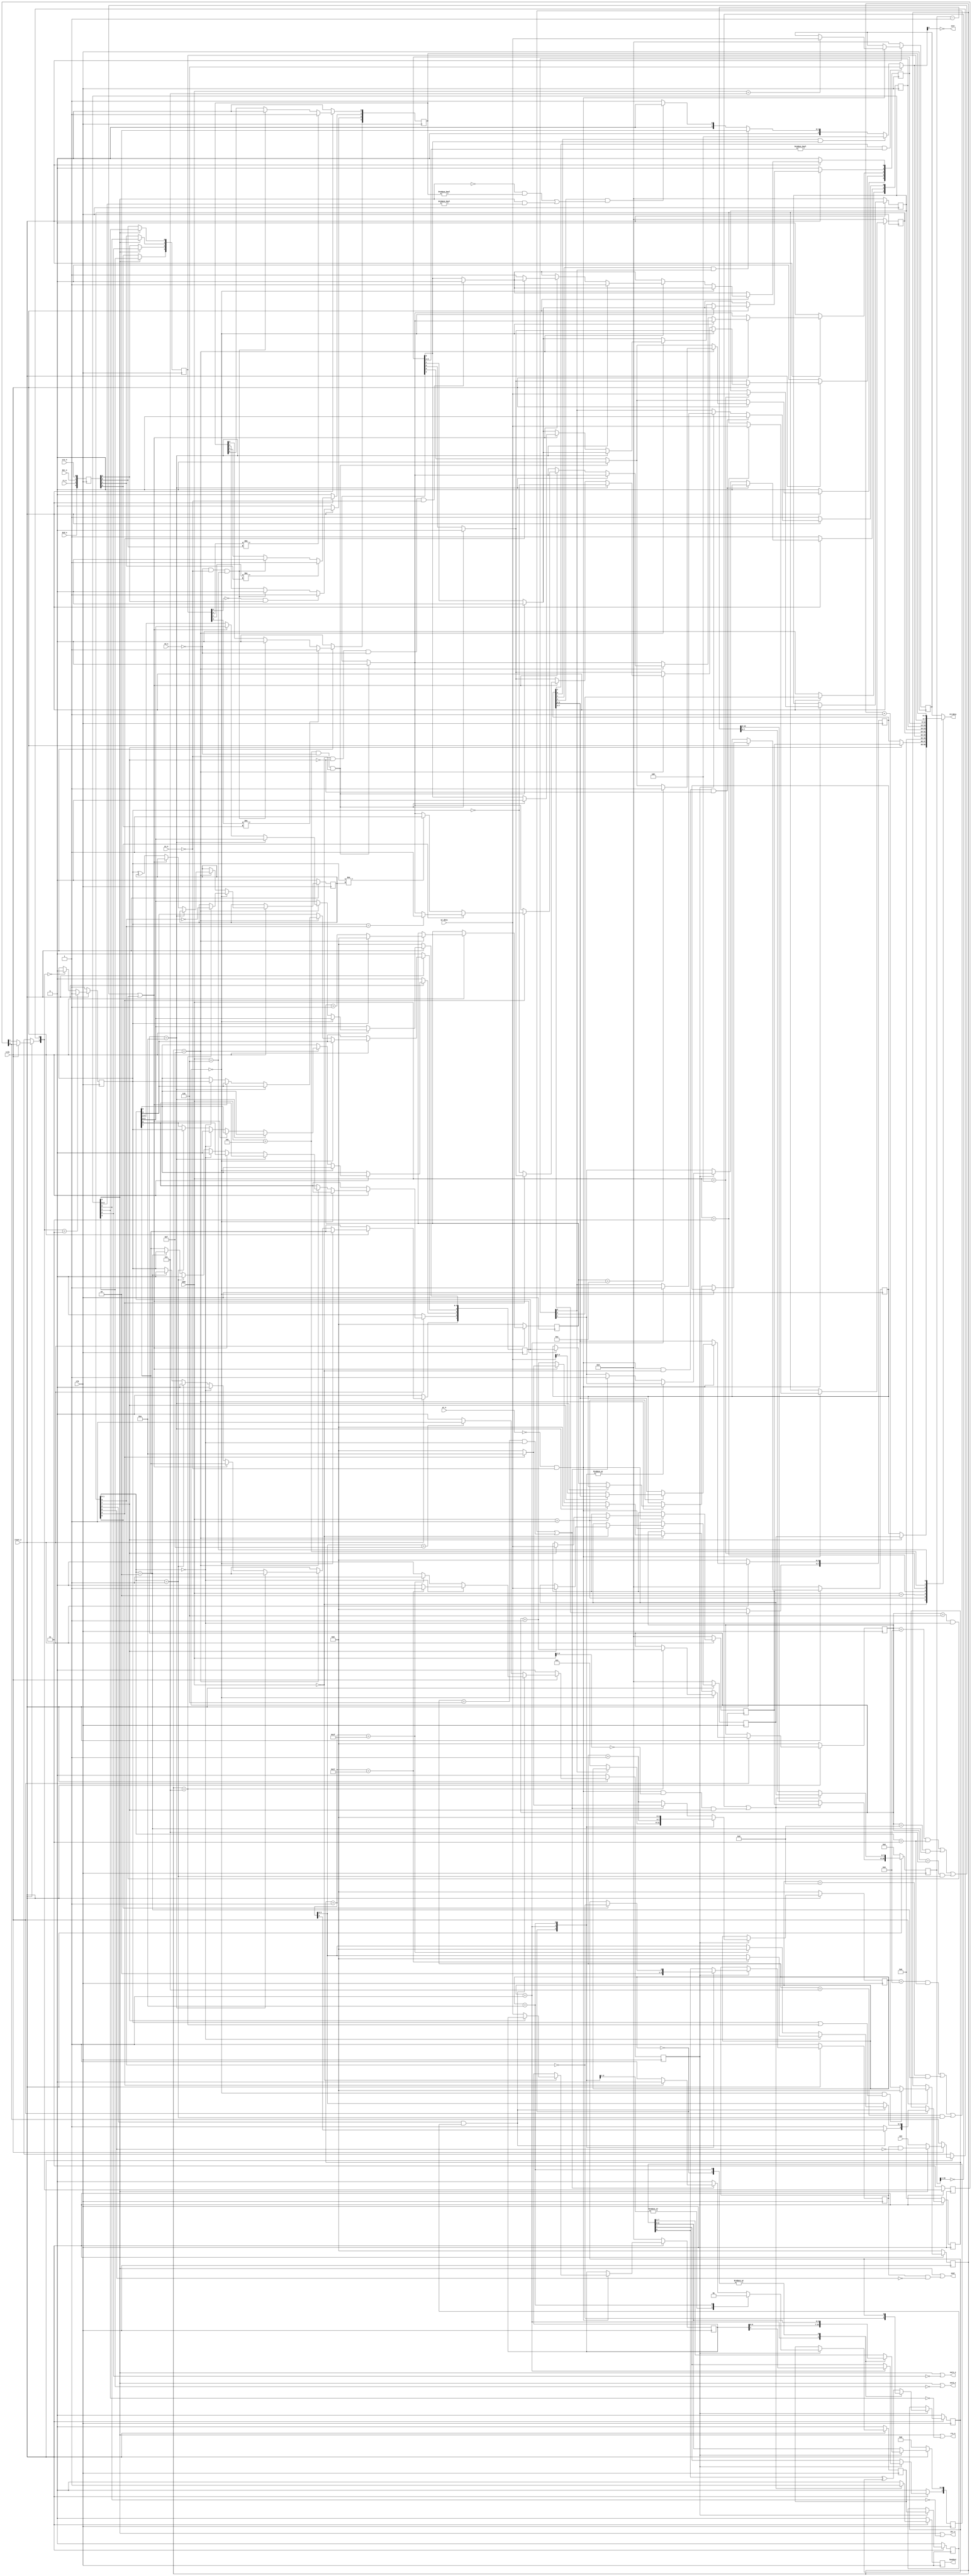
//
// 16450 compatible UART with synchronous bus interface
// rclk/baudout is clk enable instead of actual clock
//
// Copyright (c) 2005 Guy Hutchison (ghutchis@opencores.org)
// Based on VHDL 16450 UART by Daniel Wallner
//
// Permission is hereby granted, free of charge, to any person obtaining a 
// copy of this software and associated documentation files (the "Software"), 
// to deal in the Software without restriction, including without limitation 
// the rights to use, copy, modify, merge, publish, distribute, sublicense, 
// and/or sell copies of the Software, and to permit persons to whom the 
// Software is furnished to do so, subject to the following conditions:
//
// The above copyright notice and this permission notice shall be included 
// in all copies or substantial portions of the Software.
//
// THE SOFTWARE IS PROVIDED "AS IS", WITHOUT WARRANTY OF ANY KIND, 
// EXPRESS OR IMPLIED, INCLUDING BUT NOT LIMITED TO THE WARRANTIES OF 
// MERCHANTABILITY, FITNESS FOR A PARTICULAR PURPOSE AND NONINFRINGEMENT. 
// IN NO EVENT SHALL THE AUTHORS OR COPYRIGHT HOLDERS BE LIABLE FOR ANY 
// CLAIM, DAMAGES OR OTHER LIABILITY, WHETHER IN AN ACTION OF CONTRACT, 
// TORT OR OTHERWISE, ARISING FROM, OUT OF OR IN CONNECTION WITH THE 
// SOFTWARE OR THE USE OR OTHER DEALINGS IN THE SOFTWARE.

module T16450 
  (
   input reset_n,
   input clk,
   input rclk,
   input cs_n,
   input rd_n,
   input wr_n,
   input [2:0] addr,    
   input [7:0] wr_data,
   output reg [7:0] rd_data,    
   input sin,
   input cts_n,
   input dsr_n,
   input ri_n,
   input dcd_n, 
   output reg sout,
   output reg rts_n,
   output reg dtr_n,
   output reg out1_n,
   output reg out2_n,
   output reg baudout,
   output reg intr
   );

  reg [7:0] RBR;        // Reciever Buffer Register
  reg [7:0] THR;        // Transmitter Holding Register
  reg [7:0] IER;        // Interrupt Enable Register
  reg [7:0] IIR;        // Interrupt Ident. Register
  reg [7:0] LCR;        // Line Control Register
  reg [7:0] MCR;        // MODEM Control Register
  reg [7:0] LSR;        // Line Status Register
  reg [7:0] MSR;        // MODEM Status Register
  reg [7:0] SCR;        // Scratch Register
  reg [7:0] DLL;        // Divisor Latch (LS)
  reg [7:0] DLM;        // Divisor Latch (MS)

  reg [7:0] DM0;
  reg [7:0] DM1;

  reg [3:0] MSR_In;

  reg [3:0] Bit_Phase;
  reg [3:0] Brk_Cnt;
  reg       RX_Filtered;
  reg [7:0] RX_ShiftReg;
  reg [3:0] RX_Bit_Cnt;
  reg       RX_Parity;
  reg       RXD;

  reg       TX_Tick;
  reg [7:0] TX_ShiftReg;
  reg [3:0] TX_Bit_Cnt;
  reg       TX_Parity;
  reg       TX_Next_Is_Stop;
  reg       TX_Stop_Bit;
  reg       TXD;

  always @*
    begin
      dtr_n = MCR[4] || ~ MCR[0];
      rts_n = MCR[4] || ~ MCR[1];
      out1_n = MCR[4] || ~ MCR[2];
      out2_n = MCR[4] || ~ MCR[3];
      sout = MCR[4] || (TXD && ~ LCR[6]);
      if (!MCR[4]) RXD = sin;
      else RXD = (TXD && !LCR[6]);

      intr = ~IIR[0];

      if (LCR[7])
        begin
          DM0 = DLL;
          DM1 = DLM;
        end
      else
        begin
          DM0 = RBR;
          DM1 = IER;
        end

      case (addr)
        3'h0 : rd_data = DM0;
        3'h1 : rd_data = DM1;
        3'h2 : rd_data = IIR;
        3'h3 : rd_data = LCR;
        3'h4 : rd_data = MCR;
        3'h5 : rd_data = LSR;
        3'h6 : rd_data = MSR;
        default : rd_data = SCR;
      endcase
    end

  always @ (posedge clk)
    begin
      if (!reset_n) 
        begin
          THR <= #1 8'b00000000;
          IER <= #1 8'b00000000;
          LCR <= #1 8'b00000000;
          MCR <= #1 8'b00000000;
          MSR[3:0] <= #1 4'b0000;
          SCR <= #1 8'b00000000;
          DLL <= #1 8'b00000000;
          DLM <= #1 8'b00000000;
        end 
      else 
        begin
          if (!wr_n && !cs_n ) 
            begin
              case (addr)
                3'b000  :
                  begin
                    if (LCR[7]) 
                      DLL <= #1 wr_data;
                    else 
                      THR <= #1 wr_data;
                  end 
                3'b001  :
                  begin
                    if (LCR[7]) 
                      DLM <= #1 wr_data;
                    else
                      IER[3:0] <= #1 wr_data[3:0];
                  end
                3'b011  : LCR <= #1 wr_data;
                3'b100  : MCR <= #1 wr_data;
                3'b111  : SCR <= #1 wr_data;
                default : ;
              endcase
            end
          if (!rd_n && !cs_n && (addr == 3'b110)) 
            MSR[3:0] <= #1 4'b0000;
          if (MSR[4] != MSR_In[0])
            MSR[0] <= #1 1'b1;
          if (MSR[5] != MSR_In[1])
            MSR[1] <= #1 1'b1;
          if (!MSR[6] && MSR_In[2])
            MSR[2] <= #1 1'b1;
          if (MSR[7] != MSR_In[3])
            MSR[3] <= #1 1'b1;
        end
    end 
  always @ (posedge clk)
    begin
      if (!MCR[4]) 
        begin
          MSR[4] <= #1 MSR_In[0];
          MSR[5] <= #1 MSR_In[1];
          MSR[6] <= #1 MSR_In[2];
          MSR[7] <= #1 MSR_In[3];
        end 
      else 
        begin
          MSR[4] <= #1 MCR[1];
          MSR[5] <= #1 MCR[0];
          MSR[6] <= #1 MCR[2];
          MSR[7] <= #1 MCR[3];
        end
      MSR_In[0] <= #1 cts_n;
      MSR_In[1] <= #1 dsr_n;
      MSR_In[2] <= #1 ri_n;
      MSR_In[3] <= #1 dcd_n;
    end

  always @*
    begin
      IIR[7:3] = #1 5'b00000;
      if (IER[2] && (LSR[4:1] != 4'b0000))
        IIR[2:0] = #1 3'b110;
      else if (IER[0] && LSR[0])
        IIR[2:0] = #1 3'b100;
      else if (IER[1] && LSR[5])
        IIR[2:0] = #1 3'b010;
      else if (IER[3] && ((!MCR[4] && (MSR[3:0] != 0)) || (MCR[4] && (MCR[3:0] != 0))))
        IIR[2:0] = #1 3'b000;
      else
        IIR[2:0] = #1 3'b001;
    end

  // Baud x 16 clock generator
  always @ (posedge clk)
    begin : clk_gen
      reg [15:0] Baud_Cnt;
      if (!reset_n)
        begin
          Baud_Cnt = 16'b0000000000000000;
          baudout <= #1 1'b0;
        end 
      else 
        begin
          if ((Baud_Cnt[15:1] == 15'h0) || 
              (!wr_n && !cs_n && (addr[2:1] == 2'b00) && LCR[7]) ) 
            begin
              Baud_Cnt[15:8] = DLM;
              Baud_Cnt[7:0] = DLL;
              baudout <= #1 1'b1;
            end 
          else 
            begin
              Baud_Cnt = Baud_Cnt - 1;
              baudout <= #1 1'b0;
            end
        end
    end

  // Input filter
  always @ (posedge clk)
    begin : input_filter
      reg [1:0] Samples;
      if (!reset_n)
        begin
          Samples = 2'b11;
          RX_Filtered <= #1 1'b1;
        end 
      else 
        begin
          if (rclk) 
            begin
              Samples[1] = Samples[0];
              Samples[0] = RXD;
            end
          if (Samples == 2'b00) 
            begin
              RX_Filtered <= #1 1'b0;
            end
          if (Samples == 2'b11) 
            begin
              RX_Filtered <= #1 1'b1;
            end
        end
    end

  // Receive state machine
  always @ (posedge clk)
    begin
      if (!reset_n) 
        begin
          RBR <= #1 8'b00000000;
          LSR[4:0] <= #1 5'b00000;
          Bit_Phase <= #1 4'b0000;
          Brk_Cnt <= #1 4'b0000;
          RX_ShiftReg[7:0] <= #1 8'b00000000;
          RX_Bit_Cnt <= #1 0;
          RX_Parity <= #1 1'b0;
        end 
      else 
        begin
          if (addr == 3'b000 && !LCR[7] && !rd_n && !cs_n ) 
            begin
              LSR[0] <= #1 1'b0;   // DR
            end
          if (addr == 3'b101 && !rd_n && !cs_n ) 
            begin
              LSR[4] <= #1 1'b0;   // BI
              LSR[3] <= #1 1'b0;   // FE
              LSR[2] <= #1 1'b0;   // PE
              LSR[1] <= #1 1'b0;   // OE
            end
          if (rclk) 
            begin
              if ((RX_Bit_Cnt == 0) && (RX_Filtered || (Bit_Phase == 4'b0111)))
                begin
                  Bit_Phase <= #1 4'b0000;
                end 
              else 
                begin
                  Bit_Phase <= #1 Bit_Phase + 1;
                end
              if (Bit_Phase == 4'b1111 ) 
                begin
                  if (RX_Filtered)
                    begin
                      Brk_Cnt <= #1 4'b0000;
                    end 
                  else 
                    begin
                      Brk_Cnt <= #1 Brk_Cnt + 1;
                    end
                  if (Brk_Cnt == 4'b1100) 
                    begin
                      LSR[4] <= #1 1'b1;     // BI
                    end
                end
              if (RX_Bit_Cnt == 0) 
                begin
                  if (Bit_Phase == 4'b0111) 
                    begin
                      RX_Bit_Cnt <= #1 RX_Bit_Cnt + 1;
                      RX_Parity <= #1 ! LCR[4];    // EPS
                    end
                end 
              else if (Bit_Phase == 4'b1111) 
                begin
                  RX_Bit_Cnt <= #1 RX_Bit_Cnt + 1;
                  if (RX_Bit_Cnt == 10 ) 
                    begin // Parity stop bit
                      RX_Bit_Cnt <= #1 0;
                      LSR[0] <= #1 1'b1; // UART Receive complete
                      LSR[3] <= #1 ~RX_Filtered; // Framing error
                    end 
                  else if ((RX_Bit_Cnt == 9 && LCR[1:0] == 2'b11) ||
                           (RX_Bit_Cnt == 8 && LCR[1:0] == 2'b10) ||
                           (RX_Bit_Cnt == 7 && LCR[1:0] == 2'b01) ||
                           (RX_Bit_Cnt == 6 && LCR[1:0] == 2'b00) ) 
                    begin // Stop bit/Parity
                      RX_Bit_Cnt <= #1 0;
                      if (LCR[3]) 
                        begin   // PEN
                          RX_Bit_Cnt <= #1 10;
                          if (LCR[5]) 
                            begin       // Stick parity
                              if (RX_Filtered == LCR[4]) 
                                begin
                                  LSR[2] <= #1 1'b1;
                                end
                            end 
                          else
                            begin
                              if (RX_Filtered != RX_Parity) 
                                begin
                                  LSR[2] <= #1 1'b1;
                                end
                            end
                        end 
                      else 
                        begin
                          LSR[0] <= #1 1'b1; // UART Receive complete
                          LSR[3] <= #1 ~RX_Filtered; // Framing error
                        end
                      RBR <= #1 RX_ShiftReg[7:0];
                      LSR[1] <= #1 LSR[0];
                      if (addr == 3'b101 && !rd_n && !cs_n ) 
                        begin
                          LSR[1] <= #1 1'b0;
                        end
                    end 
                  else 
                    begin
                      RX_ShiftReg[6:0] <= #1 RX_ShiftReg[7:1];
                      RX_ShiftReg[7] <= #1 RX_Filtered;
                      if (LCR[1:0] == 2'b10) 
                        begin
                          RX_ShiftReg[7] <= #1 1'b0;
                          RX_ShiftReg[6] <= #1 RX_Filtered;
                        end
                      if (LCR[1:0] == 2'b01) 
                        begin
                          RX_ShiftReg[7] <= #1 1'b0;
                          RX_ShiftReg[6] <= #1 1'b0;
                          RX_ShiftReg[5] <= #1 RX_Filtered;
                        end
                      if (LCR[1:0] == 2'b00) 
                        begin
                          RX_ShiftReg[7] <= #1 1'b0;
                          RX_ShiftReg[6] <= #1 1'b0;
                          RX_ShiftReg[5] <= #1 1'b0;
                          RX_ShiftReg[4] <= #1 RX_Filtered;
                        end
                      RX_Parity <= #1 RX_Filtered ^ RX_Parity;
                    end
                end
            end
        end
    end

  // Transmit bit tick
  always @ (posedge clk)
    begin : bit_tick
      reg [4:0] TX_Cnt;
      if (!reset_n) 
        begin
          TX_Cnt = 5'b00000;
          TX_Tick <= #1 1'b0;
        end 
      else 
        begin
          TX_Tick <= #1 1'b0;
          if (rclk) 
            begin
              TX_Cnt = TX_Cnt + 1;
              if (LCR[2] && TX_Stop_Bit) 
                begin
                  if (LCR[1:0] == 2'b00) 
                    begin
                      if (TX_Cnt == 5'b10111) 
                        begin
                          TX_Tick <= #1 1'b1;
                          TX_Cnt[3:0] = 4'b0000;
                        end
                    end 
                  else 
                    begin
                      if (TX_Cnt == 5'b11111) 
                        begin
                          TX_Tick <= #1 1'b1;
                          TX_Cnt[3:0] = 4'b0000;
                        end
                    end
                end 
              else 
                begin
                  TX_Cnt[4] = 1'b1;
                  if (TX_Cnt[3:0] == 4'b1111) 
                    begin
                      TX_Tick <= #1 1'b1;
                    end
                end
            end
        end
    end

  // Transmit state machine
  always @ (posedge clk)
    begin
      if (!reset_n) 
        begin
          LSR[7:5] <= #1 3'b011;
          TX_Bit_Cnt <= #1 0;
          TX_ShiftReg <= #1 0;
          TXD <= #1 1'b1;
          TX_Parity <= #1 1'b0;
          TX_Next_Is_Stop <= #1 1'b0;
          TX_Stop_Bit <= #1 1'b0;
        end 
      else 
        begin
          if (TX_Tick == 1'b1) 
            begin
              TX_Next_Is_Stop <= #1 1'b0;
              TX_Stop_Bit <= #1 TX_Next_Is_Stop;
              case (TX_Bit_Cnt)
                0  :
                  begin
                    if (!LSR[5]) 
                      begin     // THRE
                        TX_Bit_Cnt <= #1 1;
                      end
                    TXD <= #1 1'b1;
                  end
                1  : // Start bit
                  begin
                    TX_ShiftReg[7:0] <= #1 THR;
                    LSR[5] <= #1 1'b1;     // THRE
                    TXD <= #1 1'b0;
                    TX_Parity <= #1 ~LCR[4];       // EPS
                    TX_Bit_Cnt <= #1 TX_Bit_Cnt + 1;
                  end
                10  : // Parity bit
                  begin
                    TXD <= #1 TX_Parity;
                    if (LCR[5] == 1'b1 ) 
                      begin  // Stick parity
                        TXD <= #1 ~LCR[4];
                      end
                    TX_Bit_Cnt <= #1 0;
                    TX_Next_Is_Stop <= #1 1'b1;
                  end
                default :
                  begin
                    TX_Bit_Cnt <= #1 TX_Bit_Cnt + 1;
                    if ((TX_Bit_Cnt == 9 && LCR[1:0] == 2'b11) ||
                        (TX_Bit_Cnt == 8 && LCR[1:0] == 2'b10) ||
                        (TX_Bit_Cnt == 7 && LCR[1:0] == 2'b01) ||
                        (TX_Bit_Cnt == 6 && LCR[1:0] == 2'b00) ) 
                      begin
                        TX_Bit_Cnt <= #1 0;
                        if (LCR[3] == 1'b1 ) 
                          begin // PEN
                            TX_Bit_Cnt <= #1 10;
                          end 
                        else 
                          begin
                            TX_Next_Is_Stop <= #1 1'b1;
                          end
                        LSR[6] <= #1 1'b1; // TEMT
                      end
                    TXD <= #1 TX_ShiftReg[0];
                    TX_ShiftReg[6:0] <= #1 TX_ShiftReg[7:1];
                    TX_Parity <= #1 TX_ShiftReg[0] ^ TX_Parity;
                  end
              endcase
            end
          if (!wr_n && !cs_n && addr == 3'b000 && !LCR[7] ) 
            begin
              LSR[5] <= #1 1'b0;   // THRE
              LSR[6] <= #1 1'b0;   // TEMT
            end
        end
    end

endmodule